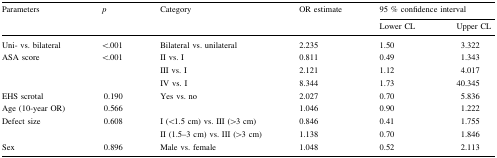
<table><thead><tr><td><b>Parameters</b></td><td><b><i>p</i></b></td><td><b>Category</b></td><td><b>OR estimate</b></td><td colspan="2"><b>95 % confidence interval</b></td></tr><tr><td></td><td></td><td></td><td></td><td><b>Lower CL</b></td><td><b>Upper CL</b></td></tr></thead><tbody><tr><td>Uni- vs. bilateral</td><td>&lt;.001</td><td>Bilateral vs. unilateral</td><td>2.235</td><td>1.50</td><td>3.322</td></tr><tr><td rowspan="3">ASA score</td><td rowspan="3">&lt;.001</td><td>II vs. I</td><td>0.811</td><td>0.49</td><td>1.343</td></tr><tr><td>III vs. I</td><td>2.121</td><td>1.12</td><td>4.017</td></tr><tr><td>IV vs. I</td><td>8.344</td><td>1.73</td><td>40.345</td></tr><tr><td>EHS scrotal</td><td>0.190</td><td>Yes vs. no</td><td>2.027</td><td>0.70</td><td>5.836</td></tr><tr><td>Age (10-year OR)</td><td>0.566</td><td></td><td>1.046</td><td>0.90</td><td>1.222</td></tr><tr><td rowspan="2">Defect size</td><td rowspan="2">0.608</td><td>I (&lt;1.5 cm) vs. III (&gt;3 cm)</td><td>0.846</td><td>0.41</td><td>1.755</td></tr><tr><td>II (1.5–3 cm) vs. III (&gt;3 cm)</td><td>1.138</td><td>0.70</td><td>1.846</td></tr><tr><td>Sex</td><td>0.896</td><td>Male vs. female</td><td>1.048</td><td>0.52</td><td>2.113</td></tr></tbody></table>